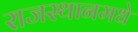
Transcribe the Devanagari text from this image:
राजस्थानमधे